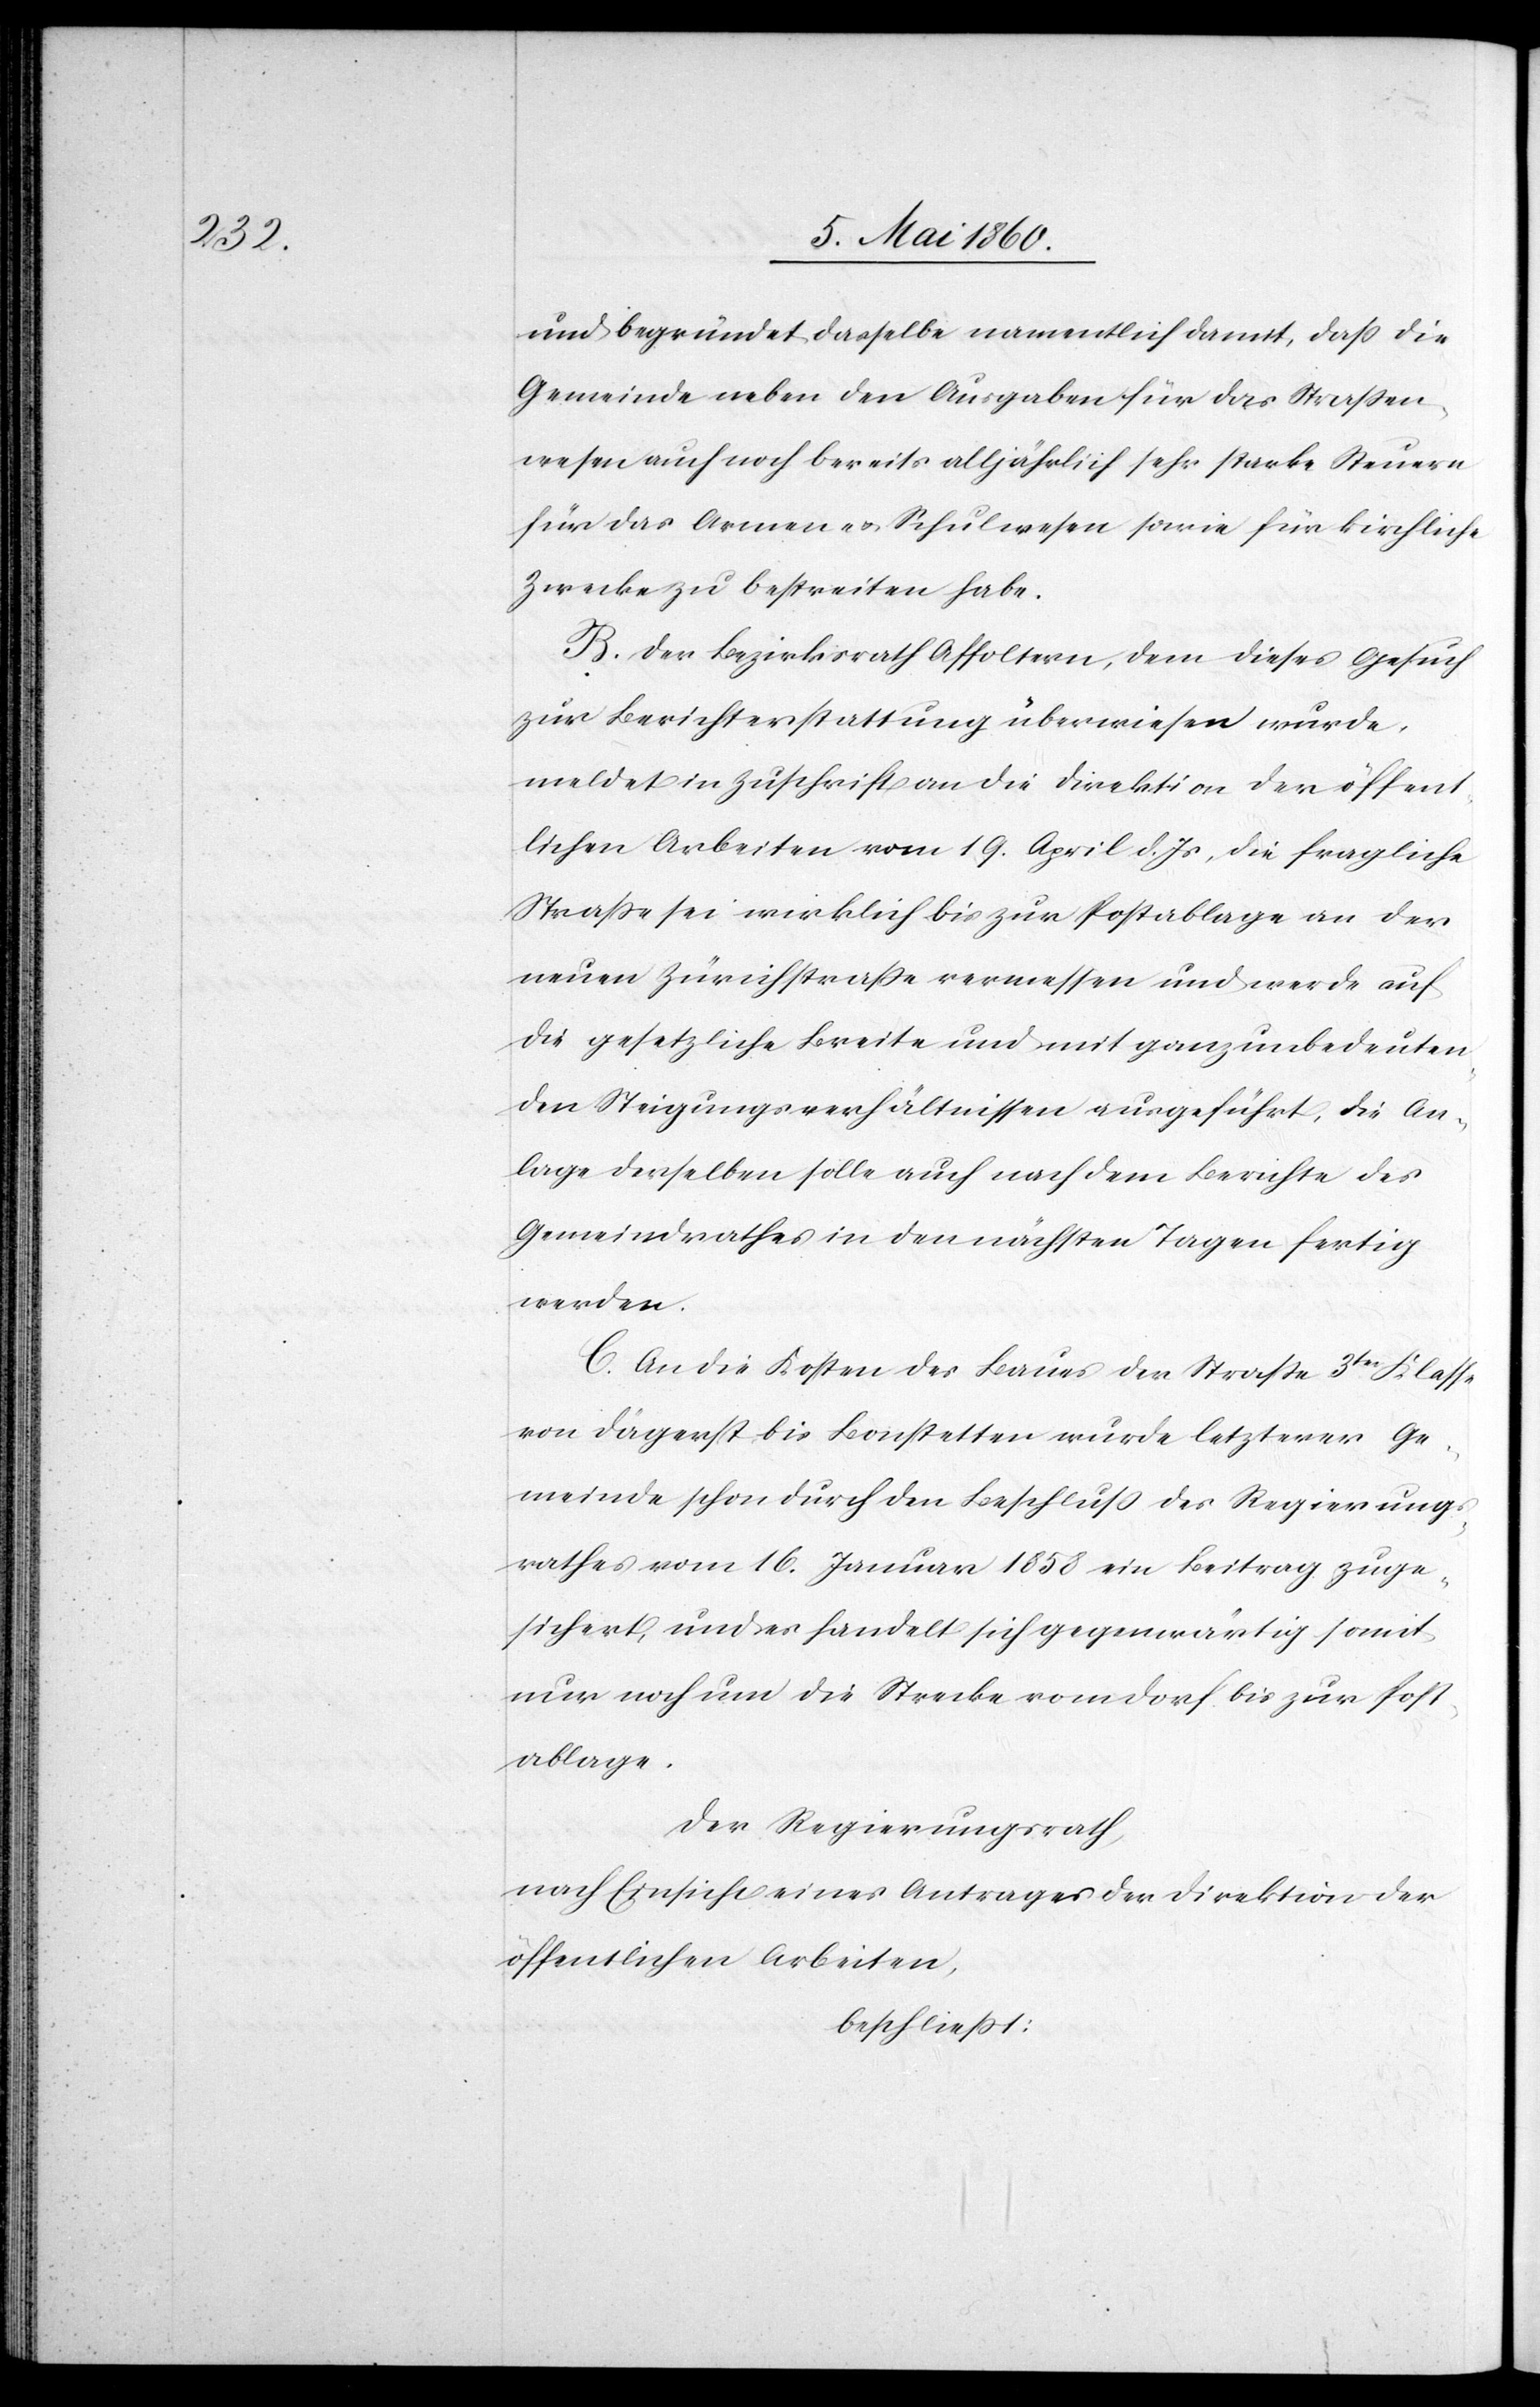
und begründet dasselbe namentlich damit, daß die
Gemeinde neben den Ausgaben für das Strassen¬
wesen auch noch bereits alljährlich sehr starke Steuern
für das Armen- u. Schulwesen sowie für kirchliche
Zwecke zu bestreiten habe.
B. Der Bezirksrath Affoltern, dem dieses Gesuch
zur Berichterstattung überwiesen wurde,
meldet in Zuschrift an die Direktion der öffent¬
lichen Arbeiten vom 19. April d. Js. die fragliche
Strasse sei wirklich bis zur Postablage an der
neuen Zürichstrasse vermessen und werde auf
die gesetzliche Breite und mit ganz unbedeuten¬
den Steigungsverhältnissen ausgeführt, die An¬
lage derselben solle auch nach dem Berichte des
Gemeindrathes in den nächsten Tagen fertig
werden.
C. An die Kosten des Baues der Strasse 3tr Klasse
von Dägerst bis Bonstetten wurde letzterer Ge¬
meinde schon durch den Beschluss des Regierungs¬
rathes vom 16. Januar 1858 ein Beitrag zuge¬
sichert, und es handelt sich gegenwärtig somit
nur noch um die Strecke vom Dorf bis zur Post¬
ablage.
Der Regierungsrath,
nach Einsicht eines Antrages der Direktion der
öffentlichen Arbeiten,
beschliesst: